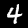
Digit: 4